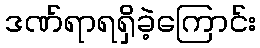
ဒဏ်ရာရရှိခဲ့ကြောင်း